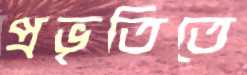
প্রভৃতিতে